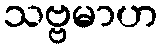
သဗ္ဗမာဟ